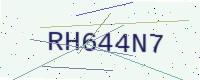
Text: RH644N7